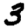
Digit: 3